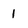
Character: 1